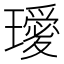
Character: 𭺆